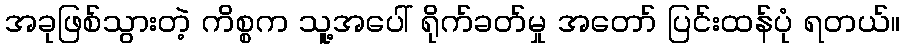
အခုဖြစ်သွားတဲ့ ကိစ္စက သူ့အပေါ် ရိုက်ခတ်မှု အတော် ပြင်းထန်ပုံ ရတယ်။